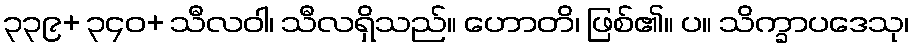
၃၃၉+ ၃၄၀+ သီလဝါ၊ သီလရှိသည်။ ဟောတိ၊ ဖြစ်၏။ ပ။ သိက္ခာပဒေသု၊